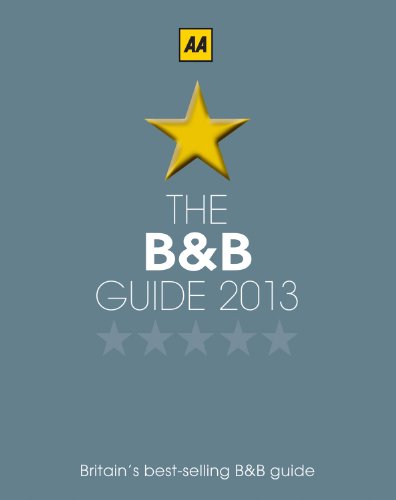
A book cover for The B&B Guide 2013 (AA Lifestyle Guides); AA Publishing; Travel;